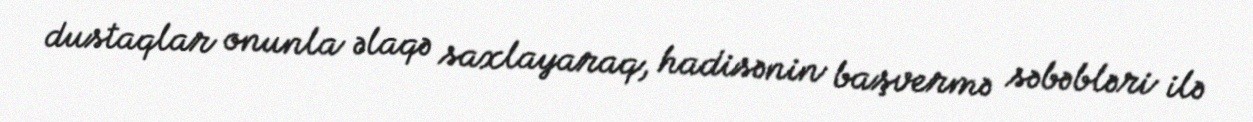
dustaqlar onunla əlaqə saxlayaraq, hadisənin başvermə səbəbləri ilə